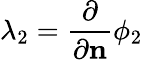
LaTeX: \lambda_{2}=\frac{\partial}{\partial\mathbf{n}}\phi_{2}